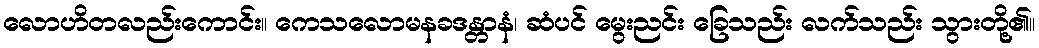
လောဟိတလည်းကောင်း။ ကေသလောမနခဒန္တာနံ၊ ဆံပင် မွေးညင်း ခြေသည်း လက်သည်း သွားတို့၏။